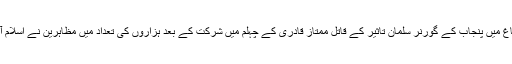
گزشتہ اتوار کو راولپنڈی کے لیاقت باغ میں پنجاب کے گورنر سلمان تاثیر کے قاتل ممتاز قادری کے چہلم میں شرکت کے بعد ہزاروں کی تعداد میں مظاہرین نے اسلام آباد کی جانب مارچ شروع کر دیا تھا۔